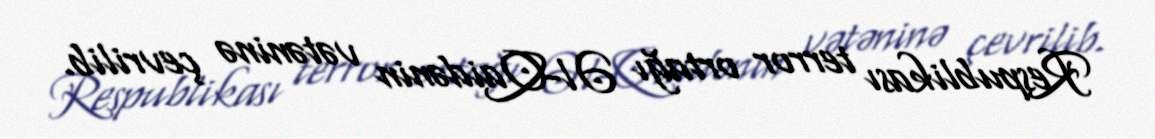
Respublikası terror ortağı Əl-Qaidənin vətəninə çevrilib.